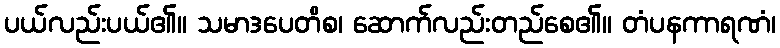
ပယ်လည်းပယ်၏။ သမာဒပေတိစ၊ ဆောက်လည်းတည်စေ၏။ တံပနကာရဏံ၊